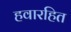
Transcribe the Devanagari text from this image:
हवारहित